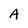
Character: A